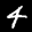
Label: 4